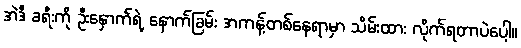
အဲဒီ ခရီးကို ဦးနှောက်ရဲ့ နောက်ခြမ်း အကန့်တစ်နေရာမှာ သိမ်းထား လိုက်ရတာပဲပေါ့။